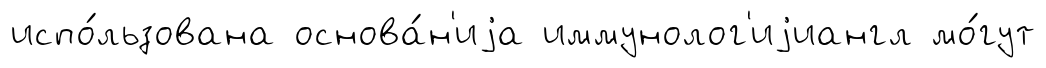
испо́льзована основа́н'иjа иммунолог'иjиангл мо́гут